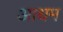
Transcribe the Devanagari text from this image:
आधम